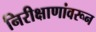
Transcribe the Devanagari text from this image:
निरीक्षाणांवरून